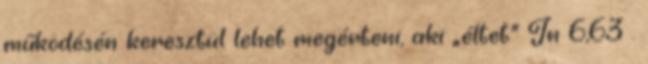
működésén keresztül lehet megérteni, aki „éltet” Jn 6,63 .